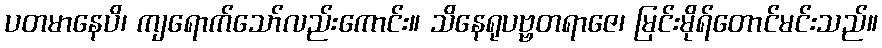
ပတမာနေပိ၊ ကျရောက်သော်လည်းကောင်း။ သိနေရုပဗ္ဗတရာဇေ၊ မြင်းမိုရ်တောင်မင်းသည်။